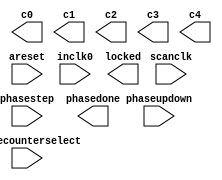
// megafunction wizard: %ALTPLL%VBB%
// GENERATION: STANDARD
// VERSION: WM1.0
// MODULE: altpll 

// ============================================================
// Megafunction Name(s):
// 			altpll
//
// Simulation Library Files(s):
// 			
// ============================================================
// ************************************************************
// THIS IS A WIZARD-GENERATED FILE. DO NOT EDIT THIS FILE!
//
// 12.1 Build 177 11/07/2012 SJ Full Version
// ************************************************************

//Copyright (C) 1991-2012 Altera Corporation
//Your use of Altera Corporation's design tools, logic functions 
//and other software and tools, and its AMPP partner logic 
//functions, and any output files from any of the foregoing 
//(including device programming or simulation files), and any 
//associated documentation or information are expressly subject 
//to the terms and conditions of the Altera Program License 
//Subscription Agreement, Altera MegaCore Function License 
//Agreement, or other applicable license agreement, including, 
//without limitation, that your use is for the sole purpose of 
//programming logic devices manufactured by Altera and sold by 
//Altera or its authorized distributors.  Please refer to the 
//applicable agreement for further details.

module ddr_sdram_phy_alt_mem_phy_pll (
	areset,
	inclk0,
	phasecounterselect,
	phasestep,
	phaseupdown,
	scanclk,
	c0,
	c1,
	c2,
	c3,
	c4,
	locked,
	phasedone);

	input	  areset;
	input	  inclk0;
	input	[2:0]  phasecounterselect;
	input	  phasestep;
	input	  phaseupdown;
	input	  scanclk;
	output	  c0;
	output	  c1;
	output	  c2;
	output	  c3;
	output	  c4;
	output	  locked;
	output	  phasedone;
`ifndef ALTERA_RESERVED_QIS
// synopsys translate_off
`endif
	tri0	  areset;
	tri0	[2:0]  phasecounterselect;
	tri0	  phasestep;
	tri0	  phaseupdown;
`ifndef ALTERA_RESERVED_QIS
// synopsys translate_on
`endif

endmodule

// ============================================================
// CNX file retrieval info
// ============================================================
// Retrieval info: PRIVATE: ACTIVECLK_CHECK STRING "0"
// Retrieval info: PRIVATE: BANDWIDTH STRING "1.000"
// Retrieval info: PRIVATE: BANDWIDTH_FEATURE_ENABLED STRING "1"
// Retrieval info: PRIVATE: BANDWIDTH_FREQ_UNIT STRING "MHz"
// Retrieval info: PRIVATE: BANDWIDTH_PRESET STRING "Low"
// Retrieval info: PRIVATE: BANDWIDTH_USE_AUTO STRING "1"
// Retrieval info: PRIVATE: BANDWIDTH_USE_PRESET STRING "0"
// Retrieval info: PRIVATE: CLKBAD_SWITCHOVER_CHECK STRING "0"
// Retrieval info: PRIVATE: CLKLOSS_CHECK STRING "0"
// Retrieval info: PRIVATE: CLKSWITCH_CHECK STRING "0"
// Retrieval info: PRIVATE: CNX_NO_COMPENSATE_RADIO STRING "0"
// Retrieval info: PRIVATE: CREATE_CLKBAD_CHECK STRING "0"
// Retrieval info: PRIVATE: CREATE_INCLK1_CHECK STRING "0"
// Retrieval info: PRIVATE: CUR_DEDICATED_CLK STRING "c1"
// Retrieval info: PRIVATE: CUR_FBIN_CLK STRING "e0"
// Retrieval info: PRIVATE: DEVICE_SPEED_GRADE STRING "8"
// Retrieval info: PRIVATE: DIV_FACTOR0 NUMERIC "1"
// Retrieval info: PRIVATE: DIV_FACTOR1 NUMERIC "1"
// Retrieval info: PRIVATE: DIV_FACTOR2 NUMERIC "1"
// Retrieval info: PRIVATE: DIV_FACTOR3 NUMERIC "1"
// Retrieval info: PRIVATE: DIV_FACTOR4 NUMERIC "1"
// Retrieval info: PRIVATE: DUTY_CYCLE0 STRING "50.00000000"
// Retrieval info: PRIVATE: DUTY_CYCLE1 STRING "50.00000000"
// Retrieval info: PRIVATE: DUTY_CYCLE2 STRING "50.00000000"
// Retrieval info: PRIVATE: DUTY_CYCLE3 STRING "50.00000000"
// Retrieval info: PRIVATE: DUTY_CYCLE4 STRING "50.00000000"
// Retrieval info: PRIVATE: EFF_OUTPUT_FREQ_VALUE0 STRING "66.500000"
// Retrieval info: PRIVATE: EFF_OUTPUT_FREQ_VALUE1 STRING "133.000000"
// Retrieval info: PRIVATE: EFF_OUTPUT_FREQ_VALUE2 STRING "133.000000"
// Retrieval info: PRIVATE: EFF_OUTPUT_FREQ_VALUE3 STRING "133.000000"
// Retrieval info: PRIVATE: EFF_OUTPUT_FREQ_VALUE4 STRING "133.000000"
// Retrieval info: PRIVATE: EXPLICIT_SWITCHOVER_COUNTER STRING "0"
// Retrieval info: PRIVATE: EXT_FEEDBACK_RADIO STRING "0"
// Retrieval info: PRIVATE: GLOCKED_COUNTER_EDIT_CHANGED STRING "1"
// Retrieval info: PRIVATE: GLOCKED_FEATURE_ENABLED STRING "0"
// Retrieval info: PRIVATE: GLOCKED_MODE_CHECK STRING "0"
// Retrieval info: PRIVATE: GLOCK_COUNTER_EDIT NUMERIC "1048575"
// Retrieval info: PRIVATE: HAS_MANUAL_SWITCHOVER STRING "1"
// Retrieval info: PRIVATE: INCLK0_FREQ_EDIT STRING "50.000"
// Retrieval info: PRIVATE: INCLK0_FREQ_UNIT_COMBO STRING "MHz"
// Retrieval info: PRIVATE: INCLK1_FREQ_EDIT STRING "100.000"
// Retrieval info: PRIVATE: INCLK1_FREQ_EDIT_CHANGED STRING "1"
// Retrieval info: PRIVATE: INCLK1_FREQ_UNIT_CHANGED STRING "1"
// Retrieval info: PRIVATE: INCLK1_FREQ_UNIT_COMBO STRING "MHz"
// Retrieval info: PRIVATE: INTENDED_DEVICE_FAMILY STRING "Cyclone III"
// Retrieval info: PRIVATE: INT_FEEDBACK__MODE_RADIO STRING "1"
// Retrieval info: PRIVATE: LOCKED_OUTPUT_CHECK STRING "1"
// Retrieval info: PRIVATE: LONG_SCAN_RADIO STRING "1"
// Retrieval info: PRIVATE: LVDS_MODE_DATA_RATE STRING "Not Available"
// Retrieval info: PRIVATE: LVDS_MODE_DATA_RATE_DIRTY NUMERIC "0"
// Retrieval info: PRIVATE: LVDS_PHASE_SHIFT_UNIT0 STRING "deg"
// Retrieval info: PRIVATE: LVDS_PHASE_SHIFT_UNIT1 STRING "deg"
// Retrieval info: PRIVATE: LVDS_PHASE_SHIFT_UNIT2 STRING "deg"
// Retrieval info: PRIVATE: LVDS_PHASE_SHIFT_UNIT3 STRING "deg"
// Retrieval info: PRIVATE: LVDS_PHASE_SHIFT_UNIT4 STRING "deg"
// Retrieval info: PRIVATE: MANUAL_PHASE_SHIFT_STEP_EDIT STRING "117.00000000"
// Retrieval info: PRIVATE: MANUAL_PHASE_SHIFT_STEP_UNIT STRING "ps"
// Retrieval info: PRIVATE: MIG_DEVICE_SPEED_GRADE STRING "Any"
// Retrieval info: PRIVATE: MIRROR_CLK0 STRING "0"
// Retrieval info: PRIVATE: MIRROR_CLK1 STRING "0"
// Retrieval info: PRIVATE: MIRROR_CLK2 STRING "0"
// Retrieval info: PRIVATE: MIRROR_CLK3 STRING "0"
// Retrieval info: PRIVATE: MIRROR_CLK4 STRING "0"
// Retrieval info: PRIVATE: MULT_FACTOR0 NUMERIC "1"
// Retrieval info: PRIVATE: MULT_FACTOR1 NUMERIC "2"
// Retrieval info: PRIVATE: MULT_FACTOR2 NUMERIC "2"
// Retrieval info: PRIVATE: MULT_FACTOR3 NUMERIC "2"
// Retrieval info: PRIVATE: MULT_FACTOR4 NUMERIC "2"
// Retrieval info: PRIVATE: NORMAL_MODE_RADIO STRING "1"
// Retrieval info: PRIVATE: OUTPUT_FREQ0 STRING "66.50000000"
// Retrieval info: PRIVATE: OUTPUT_FREQ1 STRING "133.00000000"
// Retrieval info: PRIVATE: OUTPUT_FREQ2 STRING "133.00000000"
// Retrieval info: PRIVATE: OUTPUT_FREQ3 STRING "133.00000000"
// Retrieval info: PRIVATE: OUTPUT_FREQ4 STRING "133.00000000"
// Retrieval info: PRIVATE: OUTPUT_FREQ_MODE0 STRING "1"
// Retrieval info: PRIVATE: OUTPUT_FREQ_MODE1 STRING "1"
// Retrieval info: PRIVATE: OUTPUT_FREQ_MODE2 STRING "1"
// Retrieval info: PRIVATE: OUTPUT_FREQ_MODE3 STRING "1"
// Retrieval info: PRIVATE: OUTPUT_FREQ_MODE4 STRING "1"
// Retrieval info: PRIVATE: OUTPUT_FREQ_UNIT0 STRING "MHz"
// Retrieval info: PRIVATE: OUTPUT_FREQ_UNIT1 STRING "MHz"
// Retrieval info: PRIVATE: OUTPUT_FREQ_UNIT2 STRING "MHz"
// Retrieval info: PRIVATE: OUTPUT_FREQ_UNIT3 STRING "MHz"
// Retrieval info: PRIVATE: OUTPUT_FREQ_UNIT4 STRING "MHz"
// Retrieval info: PRIVATE: PHASE_RECONFIG_FEATURE_ENABLED STRING "1"
// Retrieval info: PRIVATE: PHASE_RECONFIG_INPUTS_CHECK STRING "1"
// Retrieval info: PRIVATE: PHASE_SHIFT0 STRING "0.00000000"
// Retrieval info: PRIVATE: PHASE_SHIFT1 STRING "0.00000000"
// Retrieval info: PRIVATE: PHASE_SHIFT2 STRING "-90.00000000"
// Retrieval info: PRIVATE: PHASE_SHIFT3 STRING "0.00000000"
// Retrieval info: PRIVATE: PHASE_SHIFT4 STRING "0.00000000"
// Retrieval info: PRIVATE: PHASE_SHIFT_STEP_ENABLED_CHECK STRING "1"
// Retrieval info: PRIVATE: PHASE_SHIFT_UNIT0 STRING "deg"
// Retrieval info: PRIVATE: PHASE_SHIFT_UNIT1 STRING "deg"
// Retrieval info: PRIVATE: PHASE_SHIFT_UNIT2 STRING "deg"
// Retrieval info: PRIVATE: PHASE_SHIFT_UNIT3 STRING "deg"
// Retrieval info: PRIVATE: PHASE_SHIFT_UNIT4 STRING "deg"
// Retrieval info: PRIVATE: PLL_ADVANCED_PARAM_CHECK STRING "0"
// Retrieval info: PRIVATE: PLL_ARESET_CHECK STRING "1"
// Retrieval info: PRIVATE: PLL_AUTOPLL_CHECK NUMERIC "1"
// Retrieval info: PRIVATE: PLL_ENHPLL_CHECK NUMERIC "0"
// Retrieval info: PRIVATE: PLL_FASTPLL_CHECK NUMERIC "0"
// Retrieval info: PRIVATE: PLL_FBMIMIC_CHECK STRING "0"
// Retrieval info: PRIVATE: PLL_LVDS_PLL_CHECK NUMERIC "0"
// Retrieval info: PRIVATE: PLL_PFDENA_CHECK STRING "0"
// Retrieval info: PRIVATE: PLL_TARGET_HARCOPY_CHECK NUMERIC "0"
// Retrieval info: PRIVATE: PRIMARY_CLK_COMBO STRING "inclk0"
// Retrieval info: PRIVATE: RECONFIG_FILE STRING "alt_mem_phy_pll.mif"
// Retrieval info: PRIVATE: SACN_INPUTS_CHECK STRING "0"
// Retrieval info: PRIVATE: SCAN_FEATURE_ENABLED STRING "1"
// Retrieval info: PRIVATE: SELF_RESET_LOCK_LOSS STRING "0"
// Retrieval info: PRIVATE: SHORT_SCAN_RADIO STRING "0"
// Retrieval info: PRIVATE: SPREAD_FEATURE_ENABLED STRING "0"
// Retrieval info: PRIVATE: SPREAD_FREQ STRING "50.000"
// Retrieval info: PRIVATE: SPREAD_FREQ_UNIT STRING "KHz"
// Retrieval info: PRIVATE: SPREAD_PERCENT STRING "0.500"
// Retrieval info: PRIVATE: SPREAD_USE STRING "0"
// Retrieval info: PRIVATE: SRC_SYNCH_COMP_RADIO STRING "0"
// Retrieval info: PRIVATE: STICKY_CLK0 STRING "1"
// Retrieval info: PRIVATE: STICKY_CLK1 STRING "1"
// Retrieval info: PRIVATE: STICKY_CLK2 STRING "1"
// Retrieval info: PRIVATE: STICKY_CLK3 STRING "1"
// Retrieval info: PRIVATE: STICKY_CLK4 STRING "1"
// Retrieval info: PRIVATE: SWITCHOVER_COUNT_EDIT NUMERIC "1"
// Retrieval info: PRIVATE: SWITCHOVER_FEATURE_ENABLED STRING "1"
// Retrieval info: PRIVATE: SYNTH_WRAPPER_GEN_POSTFIX STRING "0"
// Retrieval info: PRIVATE: USE_CLK0 STRING "1"
// Retrieval info: PRIVATE: USE_CLK1 STRING "1"
// Retrieval info: PRIVATE: USE_CLK2 STRING "1"
// Retrieval info: PRIVATE: USE_CLK3 STRING "1"
// Retrieval info: PRIVATE: USE_CLK4 STRING "1"
// Retrieval info: PRIVATE: USE_CLKENA0 STRING "0"
// Retrieval info: PRIVATE: USE_CLKENA1 STRING "0"
// Retrieval info: PRIVATE: USE_CLKENA2 STRING "0"
// Retrieval info: PRIVATE: USE_CLKENA3 STRING "0"
// Retrieval info: PRIVATE: USE_CLKENA4 STRING "0"
// Retrieval info: PRIVATE: USE_MIL_SPEED_GRADE NUMERIC "0"
// Retrieval info: PRIVATE: ZERO_DELAY_RADIO STRING "0"
// Retrieval info: LIBRARY: altera_mf altera_mf.altera_mf_components.all
// Retrieval info: CONSTANT: BANDWIDTH_TYPE STRING "AUTO"
// Retrieval info: CONSTANT: CLK0_DIVIDE_BY NUMERIC "100"
// Retrieval info: CONSTANT: CLK0_DUTY_CYCLE NUMERIC "50"
// Retrieval info: CONSTANT: CLK0_MULTIPLY_BY NUMERIC "133"
// Retrieval info: CONSTANT: CLK0_PHASE_SHIFT STRING "0"
// Retrieval info: CONSTANT: CLK1_DIVIDE_BY NUMERIC "50"
// Retrieval info: CONSTANT: CLK1_DUTY_CYCLE NUMERIC "50"
// Retrieval info: CONSTANT: CLK1_MULTIPLY_BY NUMERIC "133"
// Retrieval info: CONSTANT: CLK1_PHASE_SHIFT STRING "0"
// Retrieval info: CONSTANT: CLK2_DIVIDE_BY NUMERIC "50"
// Retrieval info: CONSTANT: CLK2_DUTY_CYCLE NUMERIC "50"
// Retrieval info: CONSTANT: CLK2_MULTIPLY_BY NUMERIC "133"
// Retrieval info: CONSTANT: CLK2_PHASE_SHIFT STRING "-1880"
// Retrieval info: CONSTANT: CLK3_DIVIDE_BY NUMERIC "50"
// Retrieval info: CONSTANT: CLK3_DUTY_CYCLE NUMERIC "50"
// Retrieval info: CONSTANT: CLK3_MULTIPLY_BY NUMERIC "133"
// Retrieval info: CONSTANT: CLK3_PHASE_SHIFT STRING "0"
// Retrieval info: CONSTANT: CLK4_DIVIDE_BY NUMERIC "50"
// Retrieval info: CONSTANT: CLK4_DUTY_CYCLE NUMERIC "50"
// Retrieval info: CONSTANT: CLK4_MULTIPLY_BY NUMERIC "133"
// Retrieval info: CONSTANT: CLK4_PHASE_SHIFT STRING "0"
// Retrieval info: CONSTANT: COMPENSATE_CLOCK STRING "CLK1"
// Retrieval info: CONSTANT: INCLK0_INPUT_FREQUENCY NUMERIC "20000"
// Retrieval info: CONSTANT: INTENDED_DEVICE_FAMILY STRING "Cyclone III"
// Retrieval info: CONSTANT: LPM_TYPE STRING "altpll"
// Retrieval info: CONSTANT: OPERATION_MODE STRING "NORMAL"
// Retrieval info: CONSTANT: PLL_TYPE STRING "AUTO"
// Retrieval info: CONSTANT: PORT_ACTIVECLOCK STRING "PORT_UNUSED"
// Retrieval info: CONSTANT: PORT_ARESET STRING "PORT_USED"
// Retrieval info: CONSTANT: PORT_CLKBAD0 STRING "PORT_UNUSED"
// Retrieval info: CONSTANT: PORT_CLKBAD1 STRING "PORT_UNUSED"
// Retrieval info: CONSTANT: PORT_CLKLOSS STRING "PORT_UNUSED"
// Retrieval info: CONSTANT: PORT_CLKSWITCH STRING "PORT_UNUSED"
// Retrieval info: CONSTANT: PORT_CONFIGUPDATE STRING "PORT_UNUSED"
// Retrieval info: CONSTANT: PORT_FBIN STRING "PORT_UNUSED"
// Retrieval info: CONSTANT: PORT_INCLK0 STRING "PORT_USED"
// Retrieval info: CONSTANT: PORT_INCLK1 STRING "PORT_UNUSED"
// Retrieval info: CONSTANT: PORT_LOCKED STRING "PORT_USED"
// Retrieval info: CONSTANT: PORT_PFDENA STRING "PORT_UNUSED"
// Retrieval info: CONSTANT: PORT_PHASECOUNTERSELECT STRING "PORT_USED"
// Retrieval info: CONSTANT: PORT_PHASEDONE STRING "PORT_USED"
// Retrieval info: CONSTANT: PORT_PHASESTEP STRING "PORT_USED"
// Retrieval info: CONSTANT: PORT_PHASEUPDOWN STRING "PORT_USED"
// Retrieval info: CONSTANT: PORT_PLLENA STRING "PORT_UNUSED"
// Retrieval info: CONSTANT: PORT_SCANACLR STRING "PORT_UNUSED"
// Retrieval info: CONSTANT: PORT_SCANCLK STRING "PORT_USED"
// Retrieval info: CONSTANT: PORT_SCANCLKENA STRING "PORT_UNUSED"
// Retrieval info: CONSTANT: PORT_SCANDATA STRING "PORT_UNUSED"
// Retrieval info: CONSTANT: PORT_SCANDATAOUT STRING "PORT_UNUSED"
// Retrieval info: CONSTANT: PORT_SCANDONE STRING "PORT_UNUSED"
// Retrieval info: CONSTANT: PORT_SCANREAD STRING "PORT_UNUSED"
// Retrieval info: CONSTANT: PORT_SCANWRITE STRING "PORT_UNUSED"
// Retrieval info: CONSTANT: PORT_clk0 STRING "PORT_USED"
// Retrieval info: CONSTANT: PORT_clk1 STRING "PORT_USED"
// Retrieval info: CONSTANT: PORT_clk2 STRING "PORT_USED"
// Retrieval info: CONSTANT: PORT_clk3 STRING "PORT_USED"
// Retrieval info: CONSTANT: PORT_clk4 STRING "PORT_USED"
// Retrieval info: CONSTANT: PORT_clk5 STRING "PORT_UNUSED"
// Retrieval info: CONSTANT: PORT_clkena0 STRING "PORT_UNUSED"
// Retrieval info: CONSTANT: PORT_clkena1 STRING "PORT_UNUSED"
// Retrieval info: CONSTANT: PORT_clkena2 STRING "PORT_UNUSED"
// Retrieval info: CONSTANT: PORT_clkena3 STRING "PORT_UNUSED"
// Retrieval info: CONSTANT: PORT_clkena4 STRING "PORT_UNUSED"
// Retrieval info: CONSTANT: PORT_clkena5 STRING "PORT_UNUSED"
// Retrieval info: CONSTANT: PORT_extclk0 STRING "PORT_UNUSED"
// Retrieval info: CONSTANT: PORT_extclk1 STRING "PORT_UNUSED"
// Retrieval info: CONSTANT: PORT_extclk2 STRING "PORT_UNUSED"
// Retrieval info: CONSTANT: PORT_extclk3 STRING "PORT_UNUSED"
// Retrieval info: CONSTANT: SELF_RESET_ON_LOSS_LOCK STRING "OFF"
// Retrieval info: CONSTANT: VCO_FREQUENCY_CONTROL STRING "MANUAL_PHASE"
// Retrieval info: CONSTANT: VCO_PHASE_SHIFT_STEP NUMERIC "117"
// Retrieval info: CONSTANT: WIDTH_CLOCK NUMERIC "5"
// Retrieval info: CONSTANT: WIDTH_PHASECOUNTERSELECT NUMERIC "3"
// Retrieval info: USED_PORT: @clk 0 0 5 0 OUTPUT_CLK_EXT VCC "@clk[4..0]"
// Retrieval info: USED_PORT: areset 0 0 0 0 INPUT GND "areset"
// Retrieval info: USED_PORT: c0 0 0 0 0 OUTPUT_CLK_EXT VCC "c0"
// Retrieval info: USED_PORT: c1 0 0 0 0 OUTPUT_CLK_EXT VCC "c1"
// Retrieval info: USED_PORT: c2 0 0 0 0 OUTPUT_CLK_EXT VCC "c2"
// Retrieval info: USED_PORT: c3 0 0 0 0 OUTPUT_CLK_EXT VCC "c3"
// Retrieval info: USED_PORT: c4 0 0 0 0 OUTPUT_CLK_EXT VCC "c4"
// Retrieval info: USED_PORT: inclk0 0 0 0 0 INPUT_CLK_EXT GND "inclk0"
// Retrieval info: USED_PORT: locked 0 0 0 0 OUTPUT GND "locked"
// Retrieval info: USED_PORT: phasecounterselect 0 0 3 0 INPUT GND "phasecounterselect[2..0]"
// Retrieval info: USED_PORT: phasedone 0 0 0 0 OUTPUT GND "phasedone"
// Retrieval info: USED_PORT: phasestep 0 0 0 0 INPUT GND "phasestep"
// Retrieval info: USED_PORT: phaseupdown 0 0 0 0 INPUT GND "phaseupdown"
// Retrieval info: USED_PORT: scanclk 0 0 0 0 INPUT_CLK_EXT VCC "scanclk"
// Retrieval info: CONNECT: @areset 0 0 0 0 areset 0 0 0 0
// Retrieval info: CONNECT: @inclk 0 0 1 1 GND 0 0 0 0
// Retrieval info: CONNECT: @inclk 0 0 1 0 inclk0 0 0 0 0
// Retrieval info: CONNECT: @phasecounterselect 0 0 3 0 phasecounterselect 0 0 3 0
// Retrieval info: CONNECT: @phasestep 0 0 0 0 phasestep 0 0 0 0
// Retrieval info: CONNECT: @phaseupdown 0 0 0 0 phaseupdown 0 0 0 0
// Retrieval info: CONNECT: @scanclk 0 0 0 0 scanclk 0 0 0 0
// Retrieval info: CONNECT: c0 0 0 0 0 @clk 0 0 1 0
// Retrieval info: CONNECT: c1 0 0 0 0 @clk 0 0 1 1
// Retrieval info: CONNECT: c2 0 0 0 0 @clk 0 0 1 2
// Retrieval info: CONNECT: c3 0 0 0 0 @clk 0 0 1 3
// Retrieval info: CONNECT: c4 0 0 0 0 @clk 0 0 1 4
// Retrieval info: CONNECT: locked 0 0 0 0 @locked 0 0 0 0
// Retrieval info: CONNECT: phasedone 0 0 0 0 @phasedone 0 0 0 0
// Retrieval info: GEN_FILE: TYPE_NORMAL alt_mem_phy_pll.v TRUE
// Retrieval info: GEN_FILE: TYPE_NORMAL alt_mem_phy_pll.ppf TRUE
// Retrieval info: GEN_FILE: TYPE_NORMAL alt_mem_phy_pll.inc FALSE
// Retrieval info: GEN_FILE: TYPE_NORMAL alt_mem_phy_pll.cmp FALSE
// Retrieval info: GEN_FILE: TYPE_NORMAL alt_mem_phy_pll.bsf FALSE
// Retrieval info: GEN_FILE: TYPE_NORMAL alt_mem_phy_pll_inst.v FALSE
// Retrieval info: GEN_FILE: TYPE_NORMAL alt_mem_phy_pll_bb.v FALSE
// Retrieval info: GEN_FILE: TYPE_NORMAL alt_mem_phy_pll_waveforms.html FALSE
// Retrieval info: GEN_FILE: TYPE_NORMAL alt_mem_phy_pll_wave*.jpg FALSE
// Retrieval info: GEN_FILE: TYPE_NORMAL ddr_sdram_phy_alt_mem_phy_pll.v TRUE
// Retrieval info: GEN_FILE: TYPE_NORMAL ddr_sdram_phy_alt_mem_phy_pll.inc FALSE
// Retrieval info: GEN_FILE: TYPE_NORMAL ddr_sdram_phy_alt_mem_phy_pll.cmp FALSE
// Retrieval info: GEN_FILE: TYPE_NORMAL ddr_sdram_phy_alt_mem_phy_pll.bsf FALSE
// Retrieval info: GEN_FILE: TYPE_NORMAL ddr_sdram_phy_alt_mem_phy_pll_inst.v FALSE
// Retrieval info: GEN_FILE: TYPE_NORMAL ddr_sdram_phy_alt_mem_phy_pll_bb.v TRUE